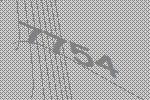
7754